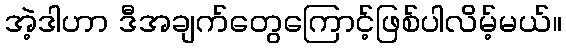
အဲ့ဒါဟာ ဒီအချက်တွေကြောင့်ဖြစ်ပါလိမ့်မယ်။